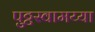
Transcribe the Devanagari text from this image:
पुट्टस्वामय्या